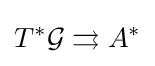
T^{*}{\mathcal {G}}\rightrightarrows A^{*}